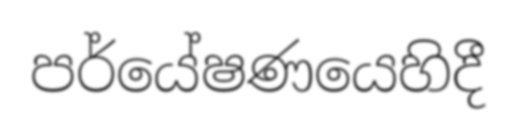
පර්යේෂණයෙහිදී